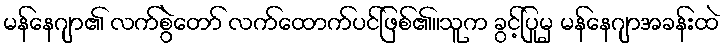
မန်နေဂျာ၏ လက်စွဲတော် လက်ထောက်ပင်ဖြစ်၏။သူက ခွင့်ပြုမှ မန်နေဂျာအခန်းထဲ